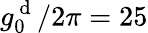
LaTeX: g_{0}^{\mathrm{~d~}}/2\pi=25